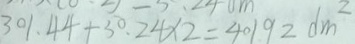
3 0 1 . 4 4 + 5 0 . 2 4 \times 2 = 4 0 1 9 2 d m ^ { 2 }